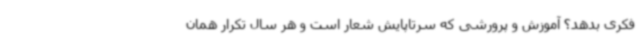
فکری بدهد؟ آموزش و پرورشی که سرتاپایش شعار است و هر سال تکرار همان